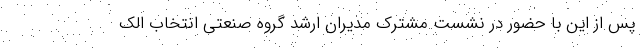
پس از این با حضور در نشست مشترک مدیران ارشد گروه صنعتی انتخاب الک